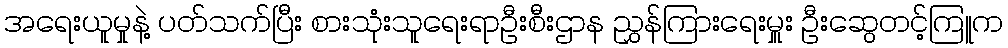
အရေးယူမှုနဲ့ ပတ်သက်ပြီး စားသုံးသူရေးရာဦးစီးဌာန ညွှန်ကြားရေးမှူး ဦးဆွေတင့်ကြူက